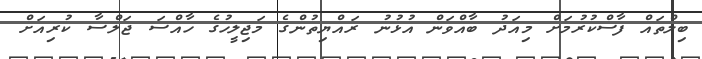
ބިލްތައް ފާސްކުރުމަށް މިއަދު ބާއްވަން އުޅުނު ރައްޔިތުންގެ މަޖިލީހުގެ ހާއްސަ ޖަލްސާ ކުރިއަށް